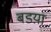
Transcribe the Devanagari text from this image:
बडय़ा